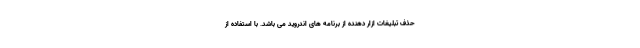
حذف تبلیغات ازار دهنده از برنامه های اندروید می باشد. با استفاده از